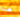
هنا